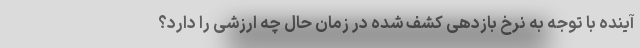
آینده با توجه به نرخ بازدهی کشف شده در زمان حال چه ارزشی را دارد؟